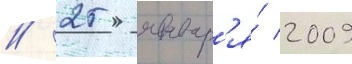
// 25 январ'я́ 2009